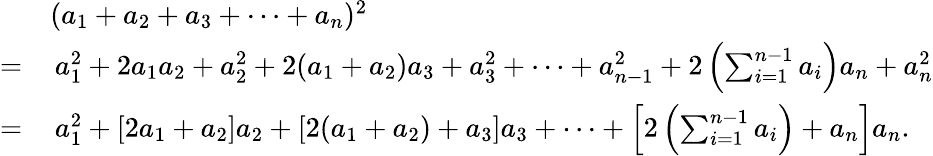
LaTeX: {\begin{array}{rl}&{(a_{1}+a_{2}+a_{3}+\dotsb+a_{n})^{2}}\\ {=}&{\, a_{1}^{2}+2a_{1}a_{2}+a_{2}^{2}+2(a_{1}+a_{2})a_{3}+a_{3}^{2}+\dotsb+a_{n-1}^{2}+2\left(\sum_{i=1}^{n-1}a_{i}\right)a_{n}+a_{n}^{2}}\\ {=}&{\, a_{1}^{2}+[2a_{1}+a_{2}]a_{2}+[2(a_{1}+a_{2})+a_{3}]a_{3}+\dotsb+\left[2\left(\sum_{i=1}^{n-1}a_{i}\right)+a_{n}\right]a_{n}.}\end{array}}